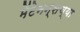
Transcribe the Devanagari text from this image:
मेंटेनन्सच्या